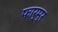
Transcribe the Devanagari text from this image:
फार्म्र